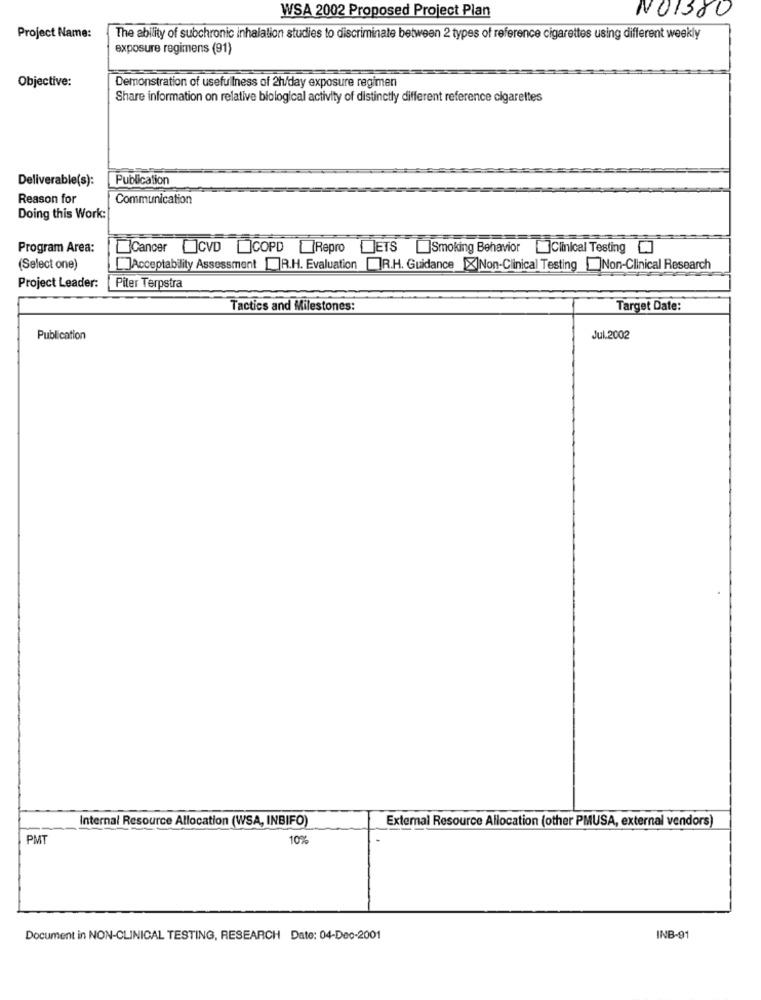
WSA 2002 Proposed Project Plan
NO1380
Project Name:
The ability of subchronic inhalation studies to discriminate between 2 types of reference cigarettes using different weekly
exposure regimens (91)
Objective:
Demonstration of usefulness of 2h/day exposure regimen
Share information on relative biological activity of distinctly different reference cigarettes
Deliverable(s):
Publication
Reason for
Communication
Doing this Work:
Program Area:
Cancer CVD ]COPD Repro
DETS Smoking Behavior []Clinical Testing []
(Select one)
[]Acceptability Assessment []R.H. Evaluation ]R.H. Guidance [X]Non-Clinical Testing Non-Clinical Research
Project Leader:
Piter Terpstra
Tactics and Milestones:
Target Date:
Publication
Jul.2002
Internal Resource Allocation (WSA, INBIFO)
External Resource Allocation (other PMUSA, external vendors)
PMT
10%
Document in NON-CLINICAL TESTING, RESEARCH Date: 04-Dec-2001
INB-91